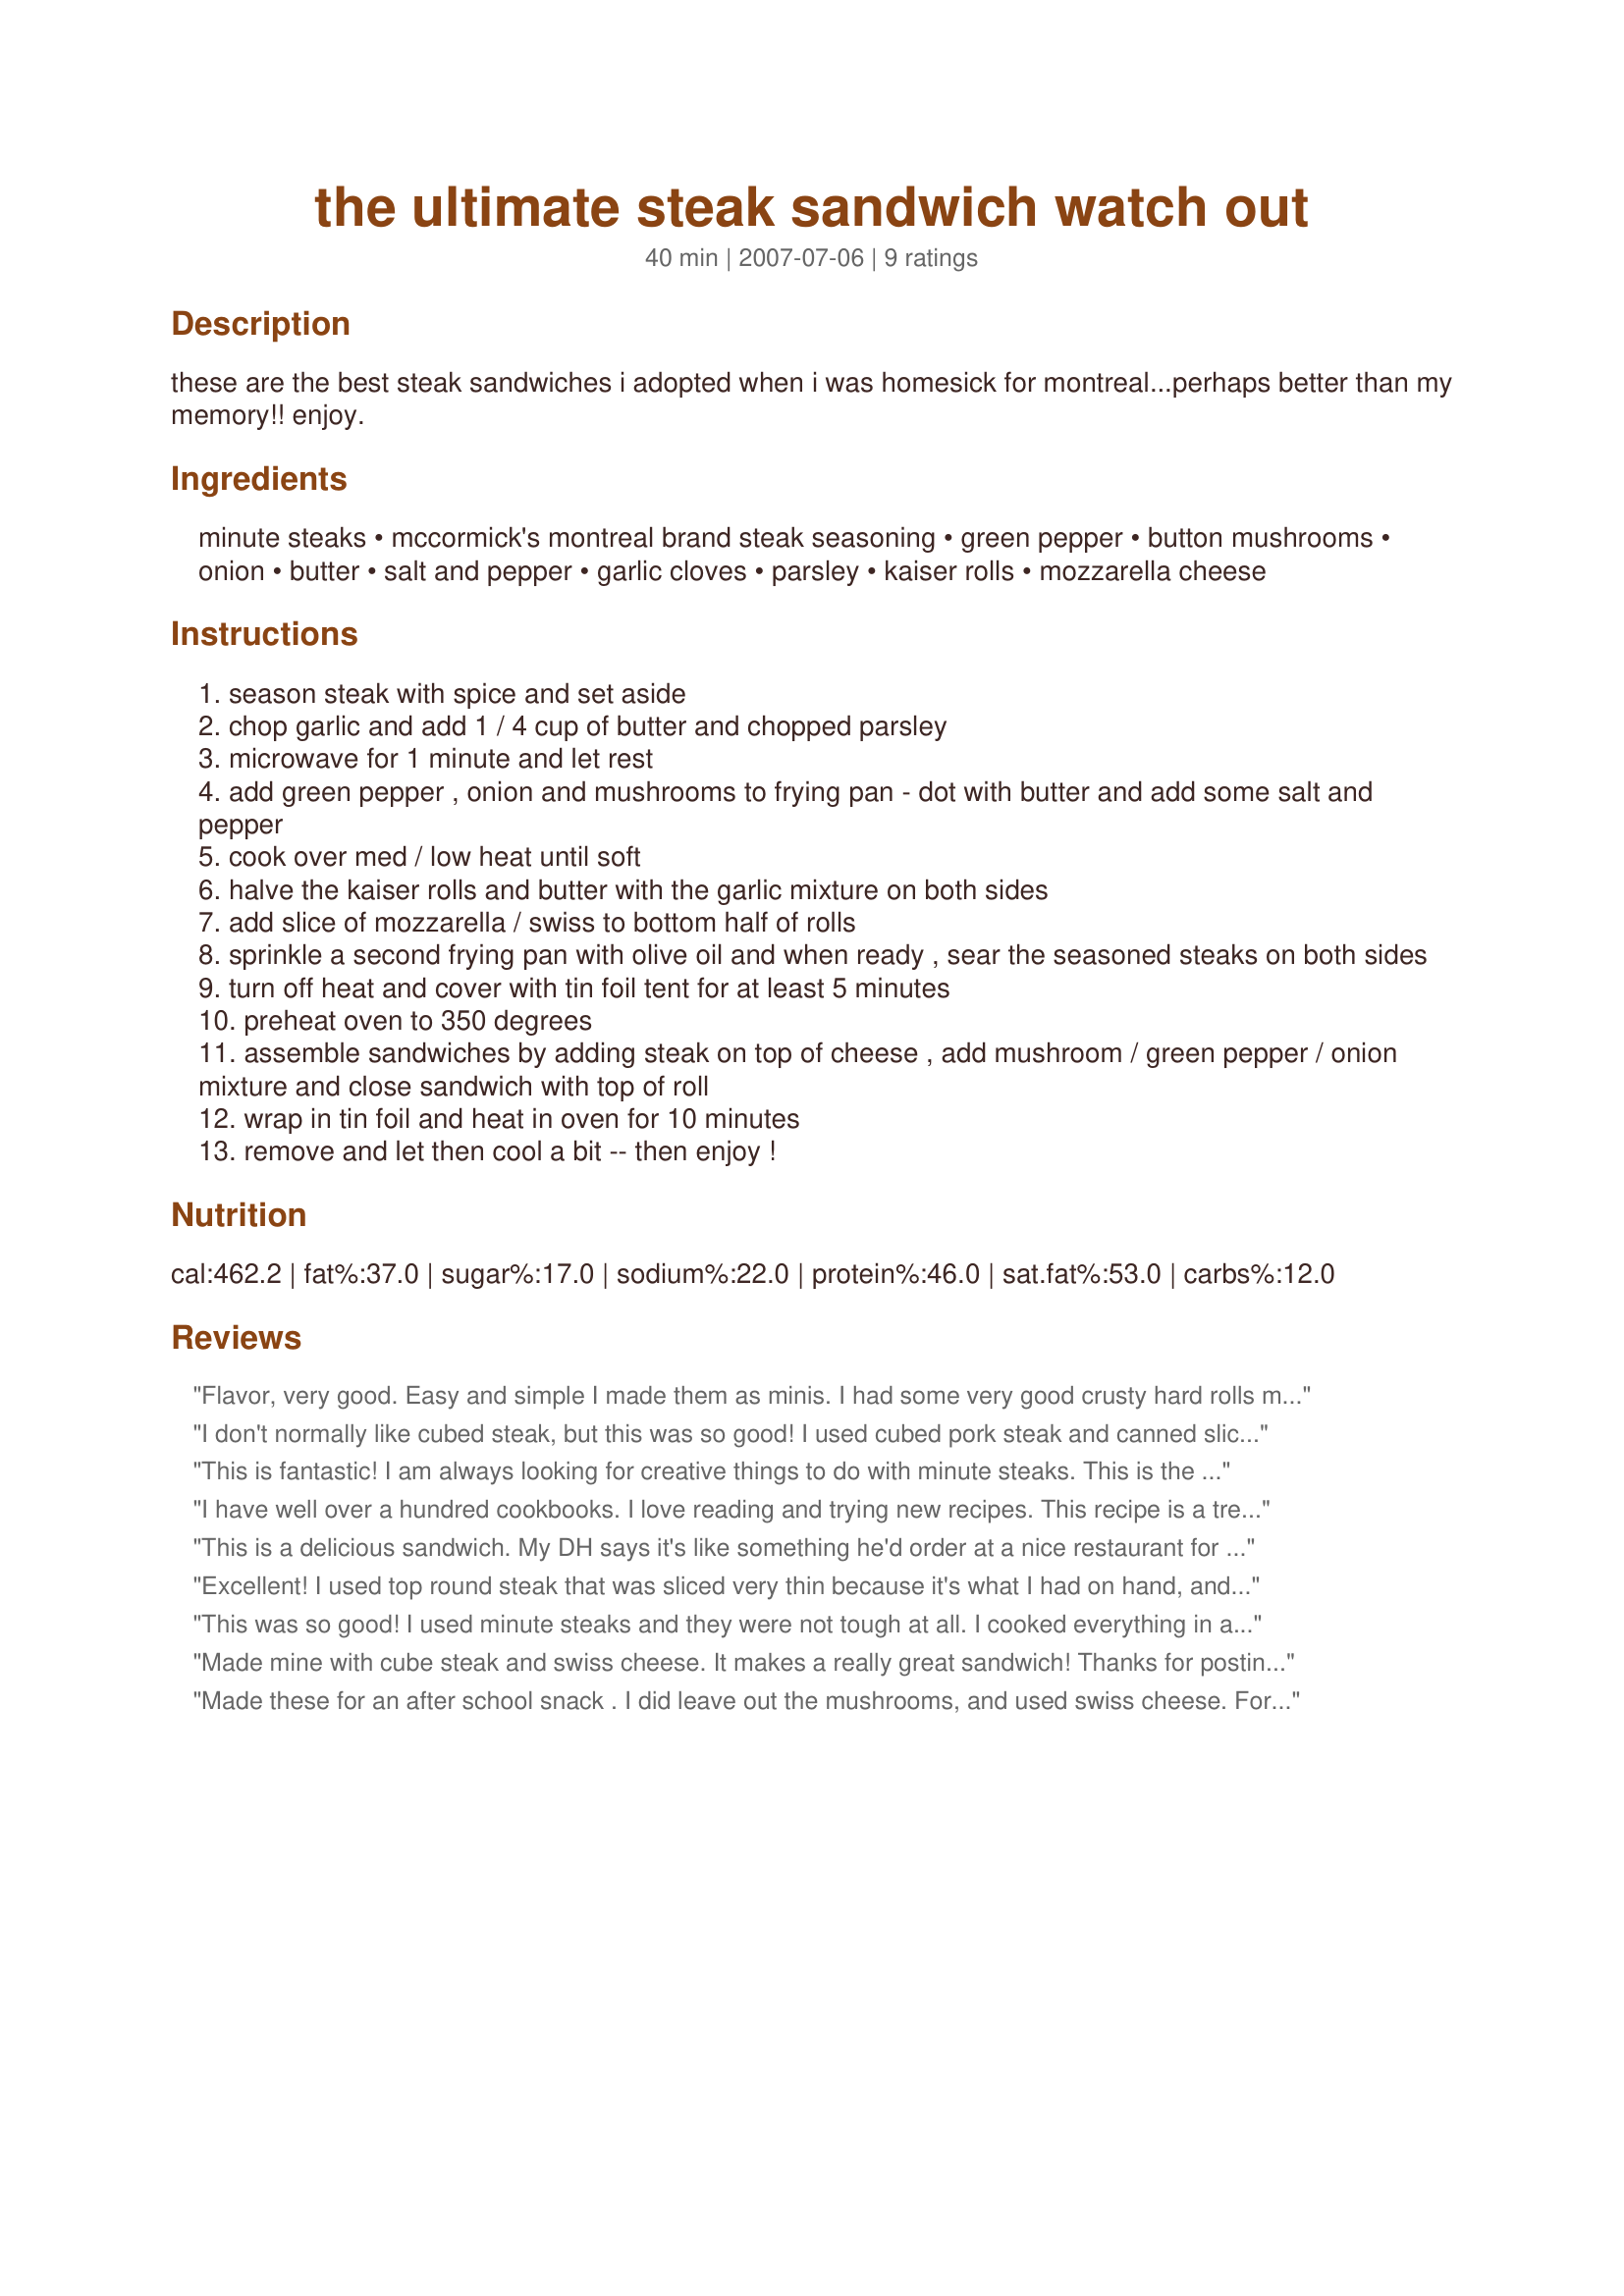
the ultimate steak sandwich watch out
Preparation time: 40 minutes

these are the best steak sandwiches i adopted when i was homesick for montreal...perhaps better than my memory!! enjoy.

Ingredients:
minute steaks, mccormick's montreal brand steak seasoning, green pepper, button mushrooms, onion, butter, salt and pepper, garlic cloves, parsley, kaiser rolls, mozzarella cheese

Steps:
season steak with spice and set aside
chop garlic and add 1 / 4 cup of butter and chopped parsley
microwave for 1 minute and let rest
add green pepper , onion and mushrooms to frying pan - dot with butter and add some salt and pepper
cook over med / low heat until soft
halve the kaiser rolls and butter with the garlic mixture on both sides
add slice of mozzarella / swiss to bottom half of rolls
sprinkle a second frying pan with olive oil and when ready , sear the seasoned steaks on both sides
turn off heat and cover with tin foil tent for at least 5 minutes
preheat oven to 350 degrees
assemble sandwiches by adding steak on top of cheese , add mushroom / green pepper / onion mixture and close sandwich with top of roll
wrap in tin foil and heat in oven for 10 minutes
remove and let then cool a bit -- then enjoy !

Reviews:
Flavor, very good.
Easy and simple
I made them as minis. I had some very good crusty hard rolls made at a bakery for another event so I finished them up so I cut the cube steaks in smaller pieces to fit.

I seasoned and cooked as directed to try the recipe first and I didn't like the cube steak. It was too tough for me cooking as directed.

So the second batch I made again as it, however, I cooked the cube as directed and then added 1/2 cup beef broth and simmered for 15 minutes or so as I fed the cats and watered the plants. It made all the difference. I then finished them in the oven as instructed. Just that little bit to tenderize the steak made them tender and not dry.

Finished it with the swiss cheese or gruyere is what I had ... same thing and I did have 1/4 red and 1/4 green pepper, but that changed nothing.

It was very good. I'll give it five stars because it was easy and simple with great flavor. Maybe it is just me with the tenderness of the meat, but - once it was tender it was absolutely delish and it took just a few more minutes.

But will definitely make it again, Thx for sharing
Kim
I don't normally like cubed steak, but this was so good! I used cubed pork steak and canned sliced mushrooms because I didn't have fresh. I look forward to making this again soon.
This is fantastic! I am always looking for creative things to do with minute steaks. This is the best use of them I have tried so far. This is a delicious, restaurant style sandwich! Thanks for posting!
I have well over a hundred cookbooks. I love reading and trying new recipes. This recipe is a treasure! The kind you read about in food critic reviews. A true gourmet sandwich that is easy with simple ingredients!
This is a delicious sandwich. My DH says it's like something he'd order at a nice restaurant for lunch. We made it with cube steaks and sliced Swiss, although neither of us has ever had cube steaks before! Instead of wrapping the sandwiches in foil at the end, a method I will probably try in the future, we grilled slices of sourdough bread in the same grill pan used to cook the veggies. This is going into my Best of 2011 cookbook. Thanks, Sue's Kitchen! Made for Spring 2011 PAC.
Excellent! I used top round steak that was sliced very thin because it's what I had on hand, and it turned out great. Very easy to prepare, and was a huge hit in our house.
This was so good! I used minute steaks and they were not tough at all. I cooked everything in a pan and I think this helped to tenderize the meat by cooking in its own juices. What a great way to use minute steaks!
Made mine with cube steak and swiss cheese. It makes a really great sandwich! Thanks for posting. Made for Best of 2012 cooking tag game.
Made these for an after school snack . I did leave out the mushrooms, and used swiss cheese. For this I used cubed steaks since they were on sale. Made for a late lunch. Very easy to whip these up. Plan on saving and making again. Made for Best of Cookbook tag 2011.
